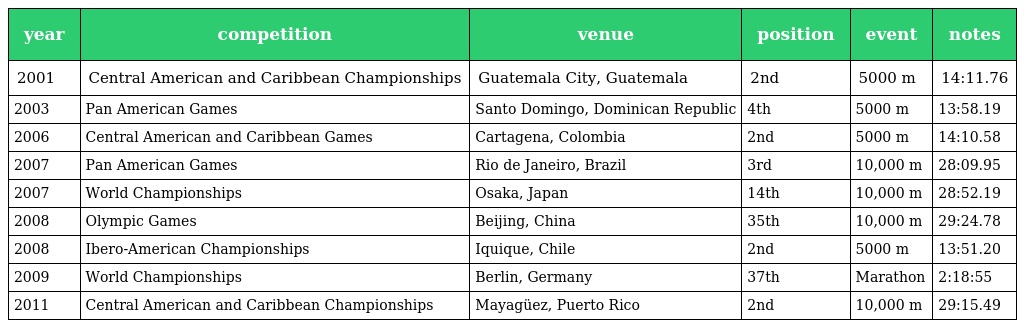
| year | competition | venue | position | event | notes |
 | --- | --- | --- | --- | --- | --- |
 | 2001 | Central American and Caribbean Championships | Guatemala City, Guatemala | 2nd | 5000 m | 14:11.76 |
 | 2003 | Pan American Games | Santo Domingo, Dominican Republic | 4th | 5000 m | 13:58.19 |
 | 2006 | Central American and Caribbean Games | Cartagena, Colombia | 2nd | 5000 m | 14:10.58 |
 | 2007 | Pan American Games | Rio de Janeiro, Brazil | 3rd | 10,000 m | 28:09.95 |
 | 2007 | World Championships | Osaka, Japan | 14th | 10,000 m | 28:52.19 |
 | 2008 | Olympic Games | Beijing, China | 35th | 10,000 m | 29:24.78 |
 | 2008 | Ibero-American Championships | Iquique, Chile | 2nd | 5000 m | 13:51.20 |
 | 2009 | World Championships | Berlin, Germany | 37th | Marathon | 2:18:55 |
 | 2011 | Central American and Caribbean Championships | Mayagüez, Puerto Rico | 2nd | 10,000 m | 29:15.49 |